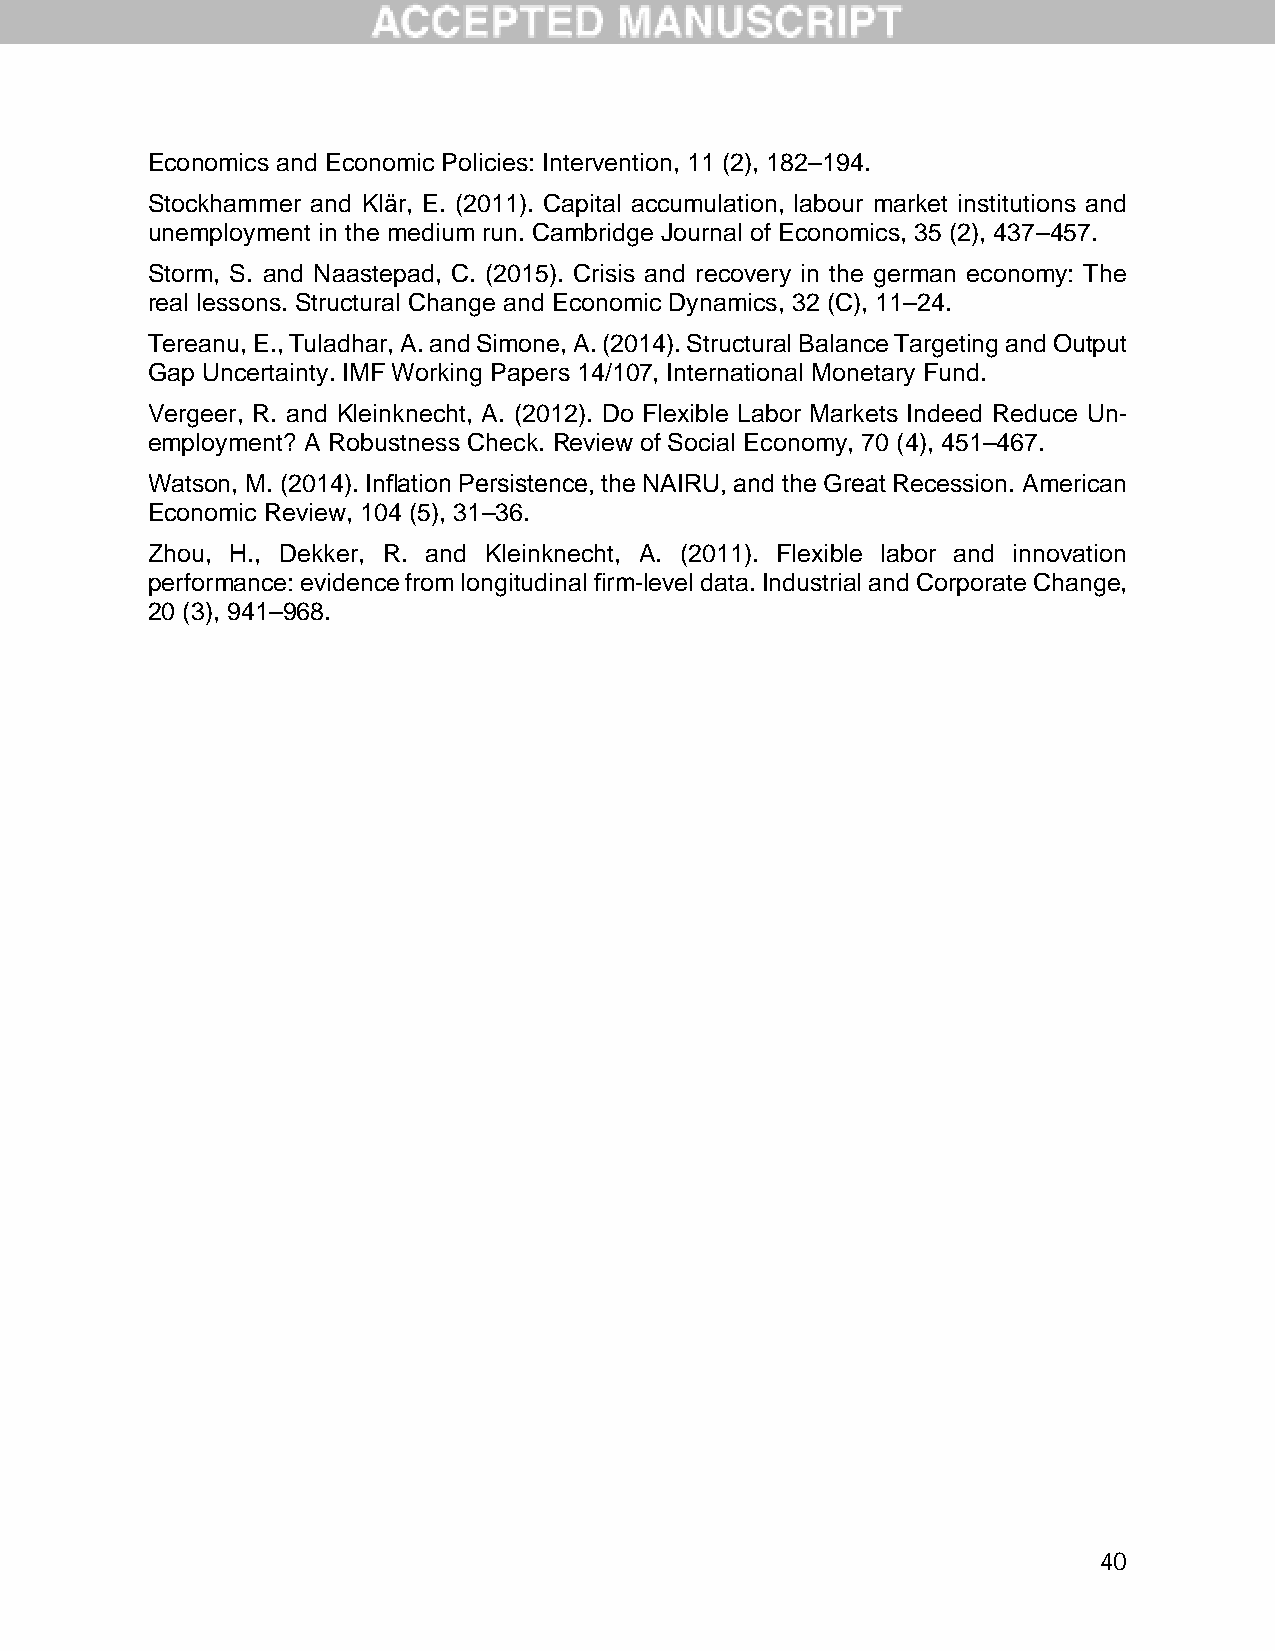
Economics and Economic Policies: Intervention, 11 (2), 182–194.
 Stockhammer and Klär, E. (2011). Capital accumulation, labour market institutions and
 unemployment in the medium run. Cambridge Journal of Economics, 35 (2), 437–457.
 Storm, S. and Naastepad, C. (2015). Crisis and recovery in the german economy: The
 real lessons. Structural Change and Economic Dynamics, 32 (C), 11–24.
 Tereanu, E., Tuladhar, A. and Simone, A. (2014). Structural Balance Targeting and Output
 Gap Uncertainty. IMF Working Papers 14/107, International Monetary Fund.
 Vergeer, R. and Kleinknecht, A. (2012). Do Flexible Labor Markets Indeed Reduce Un-
 employment? A Robustness Check. Review of Social Economy, 70 (4), 451–467.
 Watson, M. (2014). Inflation Persistence, the NAIRU, and the Great Recession. American
 Economic Review, 104 (5), 31–36.
 Zhou, H., Dekker, R. and Kleinknecht, A. (2011). Flexible labor and innovation
 performance: evidence from longitudinal firm-level data. Industrial and Corporate Change,
 20 (3), 941–968.
 40